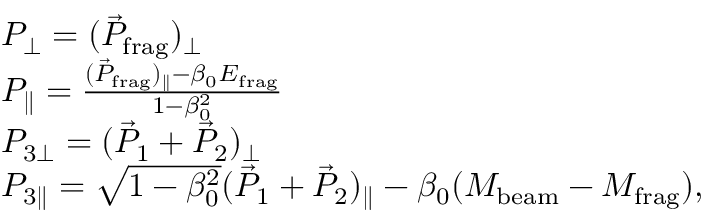
\begin{array} { r l } & { P _ { \perp } = ( \vec { P } _ { \mathrm { f r a g } } ) _ { \perp } } \\ & { P _ { \parallel } = \frac { ( \vec { P } _ { \mathrm { f r a g } } ) _ { \parallel } - \beta _ { 0 } E _ { \mathrm { f r a g } } } { 1 - \beta _ { 0 } ^ { 2 } } } \\ & { P _ { 3 { \perp } } = ( \vec { P } _ { 1 } + \vec { P } _ { 2 } ) _ { \perp } } \\ & { P _ { 3 { \parallel } } = \sqrt { 1 - \beta _ { 0 } ^ { 2 } } ( \vec { P } _ { 1 } + \vec { P } _ { 2 } ) _ { \parallel } - \beta _ { 0 } ( M _ { \mathrm { b e a m } } - M _ { \mathrm { f r a g } } ) , } \end{array}